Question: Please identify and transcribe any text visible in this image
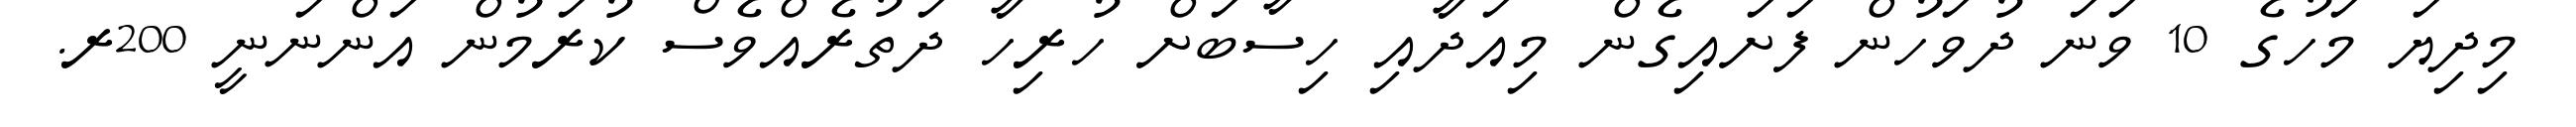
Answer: މިދިޔަ މަހުގެ 10 ވަނަ ދުވަހުން ފަށައިގެން މިއަދާއި ހިސާބަށް ހުރިހާ ދަތުރެއްވެސް ކުރަމުން އަންނަނީ 200ރ.